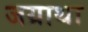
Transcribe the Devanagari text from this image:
जग्राथा